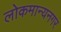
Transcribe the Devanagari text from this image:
लोकमान्यनगर